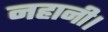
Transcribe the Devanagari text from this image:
नहानी।